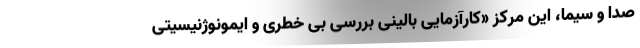
صدا و سیما، این مرکز «کارآزمایی بالینی بررسی بی خطری و ایمونوژنیسیتی